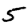
Digit: 5